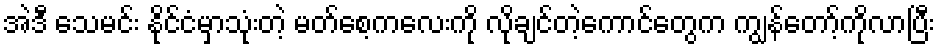
အဲဒီ သေမင်း နိုင်ငံမှာသုံးတဲ့ မတ်စေ့ကလေးကို လိုချင်တဲ့ကောင်တွေက ကျွန်တော့်ကိုလာပြီး